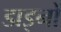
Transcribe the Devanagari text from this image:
डाइनों